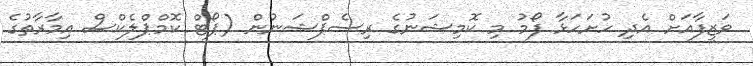
ވަޒީފާއަށް އެދި ހުށަހަޅާ ފޯމު މި ކޮމިޝަނުގެ ރިސެޕްޝަނުން (ޕޯޓް ކޮމްޕްލެކްސް އިމާރާތުގެ